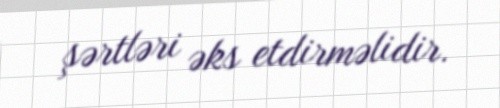
şərtləri əks etdirməlidir.